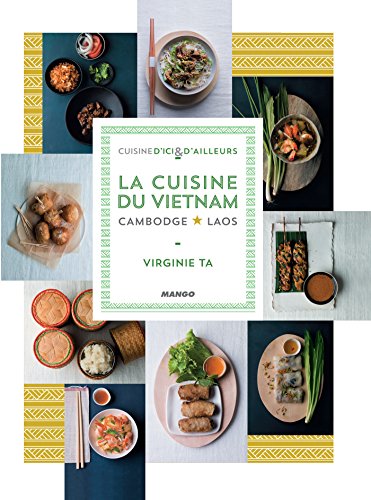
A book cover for La cuisine du Vietnam, Cambodge, Laos (Cuisine d'ici et d'ailleurs) (French Edition); Virginie TA; Cookbooks, Food & Wine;